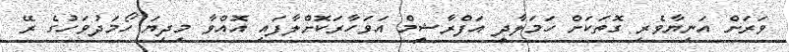
ވަރަށް އަނިޔާވެރި ގޮތަކަށް ހަމަލާދީ އަފްރާޝީމް އަވަހާރަކޮށްލާފައި އޮއްވާ މިދިޔަ ހޯމަދުވަހުގެ ރޭ